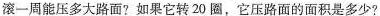
滚一周能压多大路面?如果它转20圈，它压路面的面积是多少?